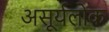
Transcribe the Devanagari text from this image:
असूर्यलोक